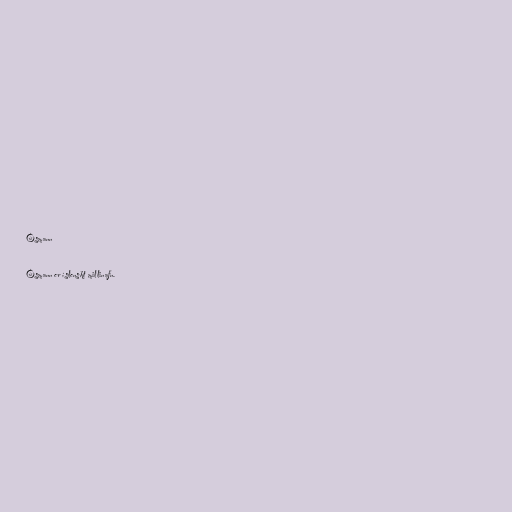
Ósmann

Ósmann er íslenskt millinafn.